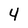
Character: 4